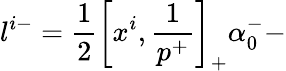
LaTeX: l^{i-}=\frac{1}{2}\left[x^{i},\frac{1}{p^{+}}\right]_{+}\alpha_{0}^{-}-